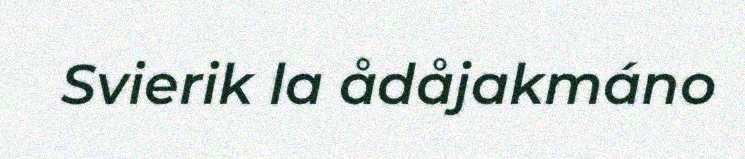
Svierik la ådåjakmáno